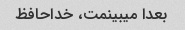
بعدا میبینمت، خداحافظ